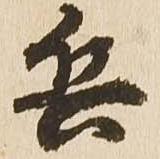
兵